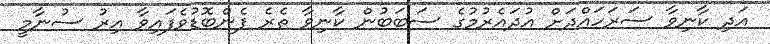
އަދި ކާނިވާ ސަރަހައްދަށް އުދައެރުމުގެ ސަބަބުން ކާނިވާ ތެރެ ފެންބޮޑުވެފައިވާ އިރު ސުނާމީ